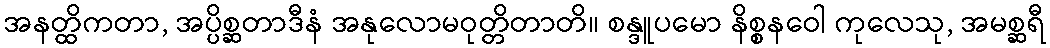
အနတ္ထိကတာ, အပ္ပိစ္ဆတာဒီနံ အနုလောမဝုတ္တိတာတိ။ စန္ဒူပမော နိစ္စနဝေါ ကုလေသု, အမစ္ဆရီ